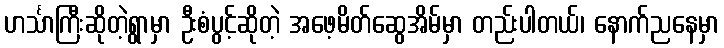
ဟင်္သာကြီးဆိုတဲ့ရွာမှာ ဦးစံပွင့်ဆိုတဲ့ အဖေ့မိတ်ဆွေအိမ်မှာ တည်းပါတယ်၊ နောက်ညနေမှာ